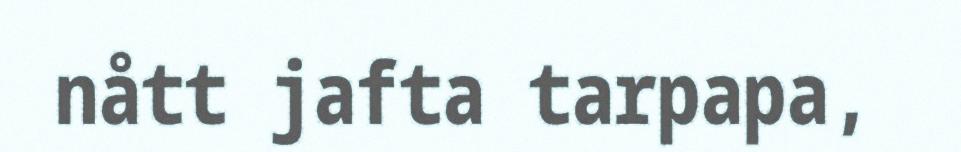
nått jafta tarpapa,